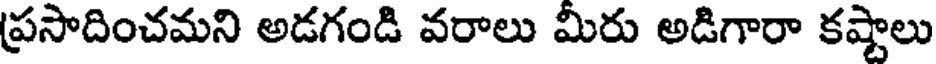
ప్రసాదించమని అడగండి వరాలు మీరు అడిగారా కష్టాలు